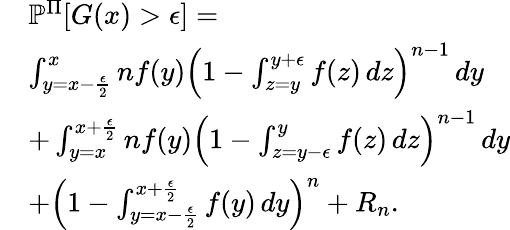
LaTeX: \begin{array}{rl}&{\mathbb P^{\Pi}[G(x)>\epsilon]=}\\ &{\int_{y=x-\frac{\epsilon}{2}}^{x}nf(y)\left(1-\int_{z=y}^{y+\epsilon}f(z)\, dz\right)^{n-1}\, dy}\\ &{+\int_{y=x}^{x+\frac{\epsilon}{2}}nf(y)\left(1-\int_{z=y-\epsilon}^{y}f(z)\, dz\right)^{n-1}\, dy}\\ &{\mathrm+\left(1-\int_{y=x-\frac{\epsilon}{2}}^{x+\frac{\epsilon}{2}}f(y)\, dy\right)^{n}+R_{n}.}\end{array}